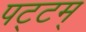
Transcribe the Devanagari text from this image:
पट्टम्